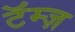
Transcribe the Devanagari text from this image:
टॅम्ज़